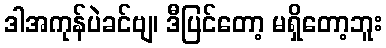
ဒါအကုန်ပဲခင်ဗျ၊ ဒီပြင်တော့ မရှိတော့ဘူး